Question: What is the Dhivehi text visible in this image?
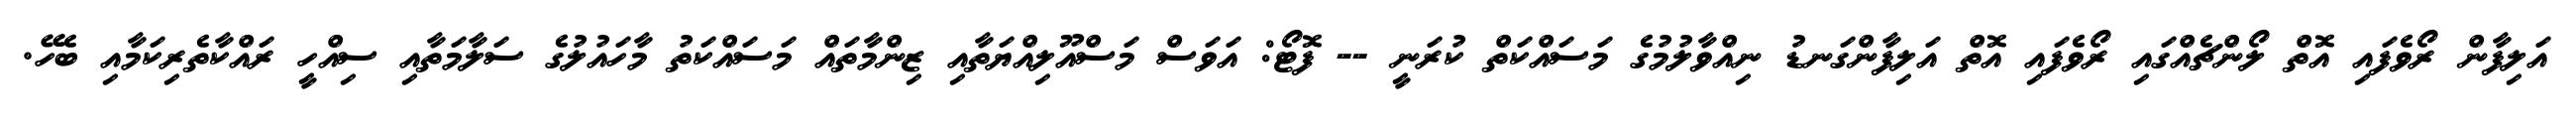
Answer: އަލިފާން ރޯވެފައި އޮތް ލޯންޗެއްގައި ރޯވެފައި އޮތް އަލިފާންގަނޑު ނިއްވާލުމުގެ މަސައްކަތް ކުރަނީ -- ފޮޓޯ: އަވަސް މަސްއޫލިއްޔަތާއި ޒިންމާތައް މަސައްކަތު މާހައުލުގެ ސަލާމަތާއި ސިއްހީ ރައްކާތެރިކަމާއި ބެހޭ.